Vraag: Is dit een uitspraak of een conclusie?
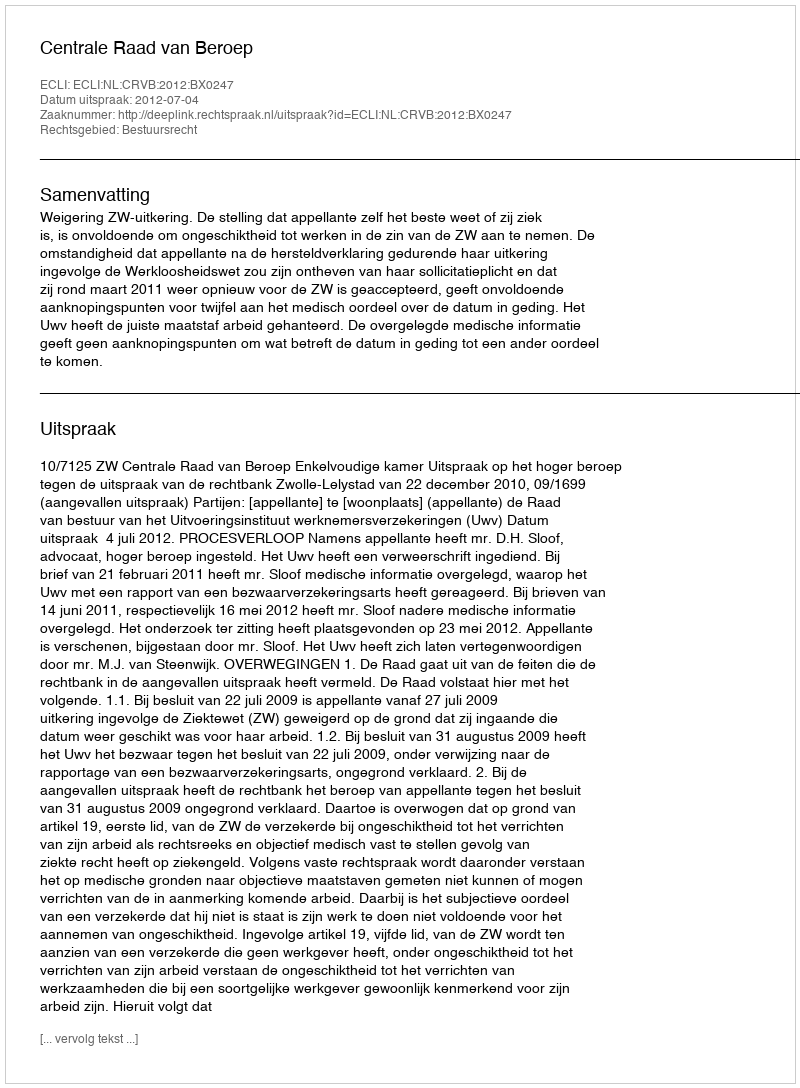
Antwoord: Uitspraak